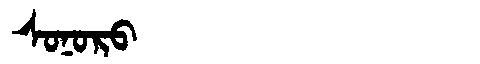
Manchu: ᠰᠣᠨᠣᡵᠣ
Romanization: SONORO